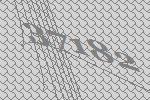
37182